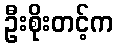
ဦးစိုးတင့်က